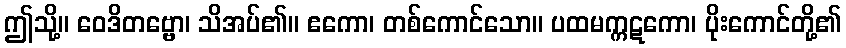
ဤသို့။ ဝေဒိတဗ္ဗော၊ သိအပ်၏။ ဧကော၊ တစ်ကောင်သော။ ပထမက္ကဋကော၊ ပိုးကောင်တို့၏